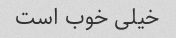
خیلی خوب است